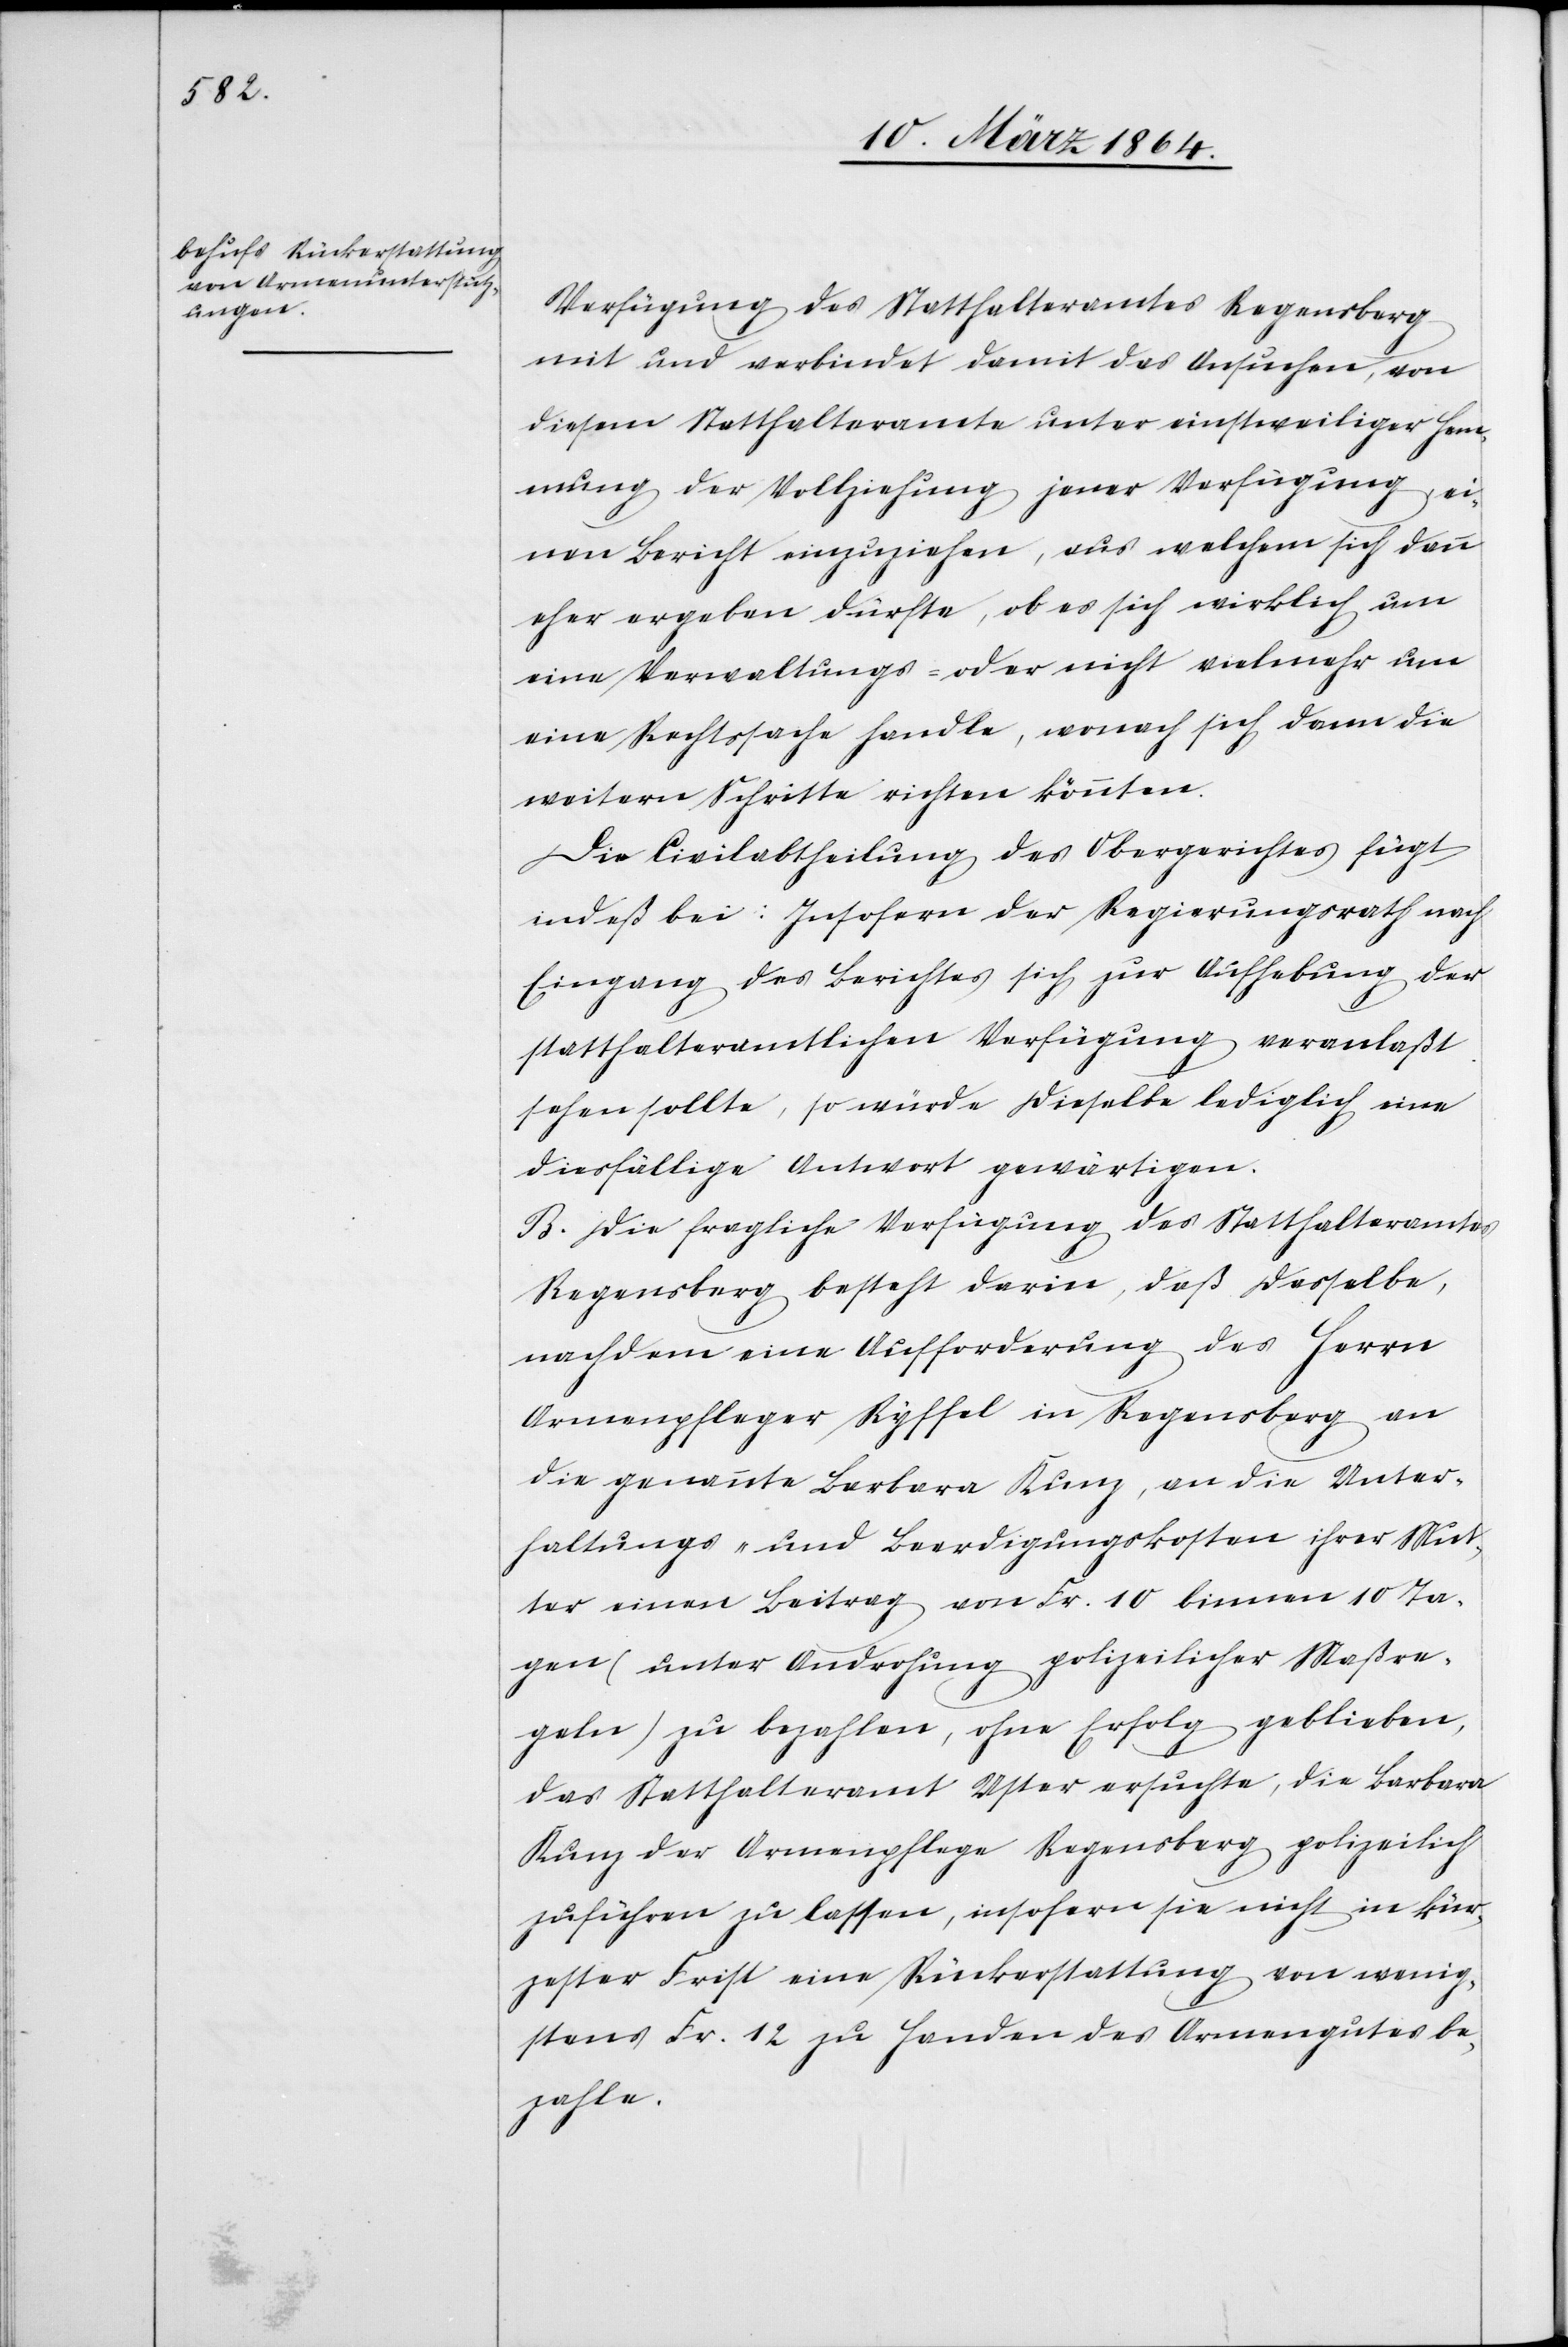
Verfügung des Statthalteramtes Regensberg
mit und verbindet damit das Ansuchen, von
diesem Statthalteramte unter einstweiliger Hem¬
mung der Vollziehung jener Verfügung, ei¬
nen Bericht einzuziehen, aus welchem sich dann
eher ergeben dürfte, ob es sich wirklich um
eine Verwaltungs- oder nicht vielmehr um
eine Rechtssache handle, wonach sich dann die
weitern Schritte richten könnten.
Die Civilabtheilung des Obergerichtes fügt
indeß bei: Insofern der Regierungsrath nach
Eingang des Berichtes sich zur Aufhebung der
statthalteramtlichen Verfügung veranlaßt
sehen sollte, so würde dieselbe lediglich eine
diesfällige Antwort gewärtigen.
[sic!] Die fragliche Verfügung des Statthalteramtes
Regensberg besteht darin, daß dasselbe,
nachdem eine Aufforderung des Herrn
Armenpfleger Ryffel in Regensberg an
die genannte Barbara Kunz, an die Unter¬
haltungs- und Beerdigungskosten ihrer Mut¬
ter einen Beitrag von Fr. 10 binnen 10 Ta¬
gen (unter Androhung polizeilicher Maßre¬
geln) zu bezahlen, ohne Erfolg geblieben,
das Statthalteramt Uster ersuchte, die Barbara
Kunz der Armenpflege Regensberg polizeilich
zuführen zu lassen, insofern sie nicht in kür¬
zester Frist eine Rückerstattung von wenig¬
stens Fr. 12 zu Handen des Armengutes be¬
zahle.